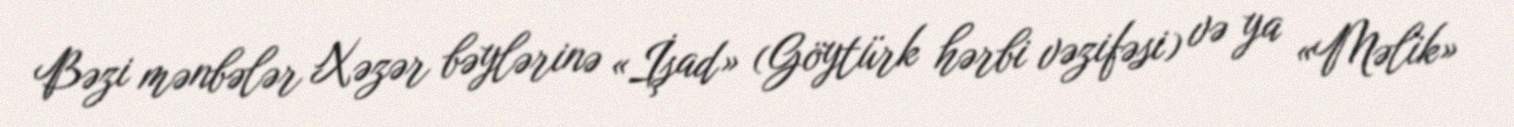
Bəzi mənbələr Xəzər bəylərinə «İşad» (Göytürk hərbi vəzifəsi) və ya «Məlik»